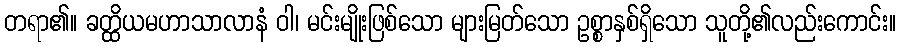
တရာ၏။ ခတ္ထိယမဟာသာလာနံ ဝါ၊ မင်းမျိုးဖြစ်သော များမြတ်သော ဥစ္စာနှစ်ရှိသော သူတို့၏လည်းကောင်း။